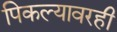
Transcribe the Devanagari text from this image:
पिकल्यावरही